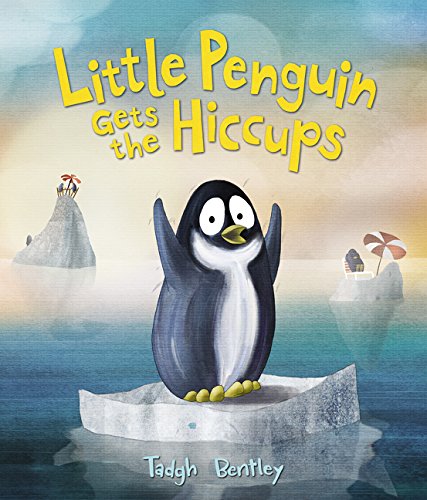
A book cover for Little Penguin Gets the Hiccups; Tadgh Bentley; Children's Books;